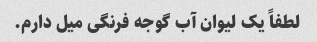
لطفاً یک لیوان آب گوجه فرنگی میل دارم.